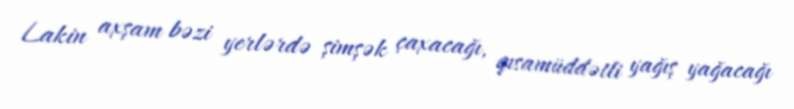
Lakin axşam bəzi yerlərdə şimşək çaxacağı, qısamüddətli yağış yağacağı